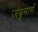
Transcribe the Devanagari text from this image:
जंबूमार्ग